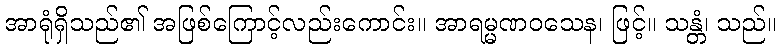
အာရုံရှိသည်၏ အဖြစ်ကြောင့်လည်းကောင်း။ အာရမ္မဏဝသေန၊ ဖြင့်။ သန္တံ၊ သည်။